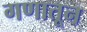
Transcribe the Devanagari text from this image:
गणातून